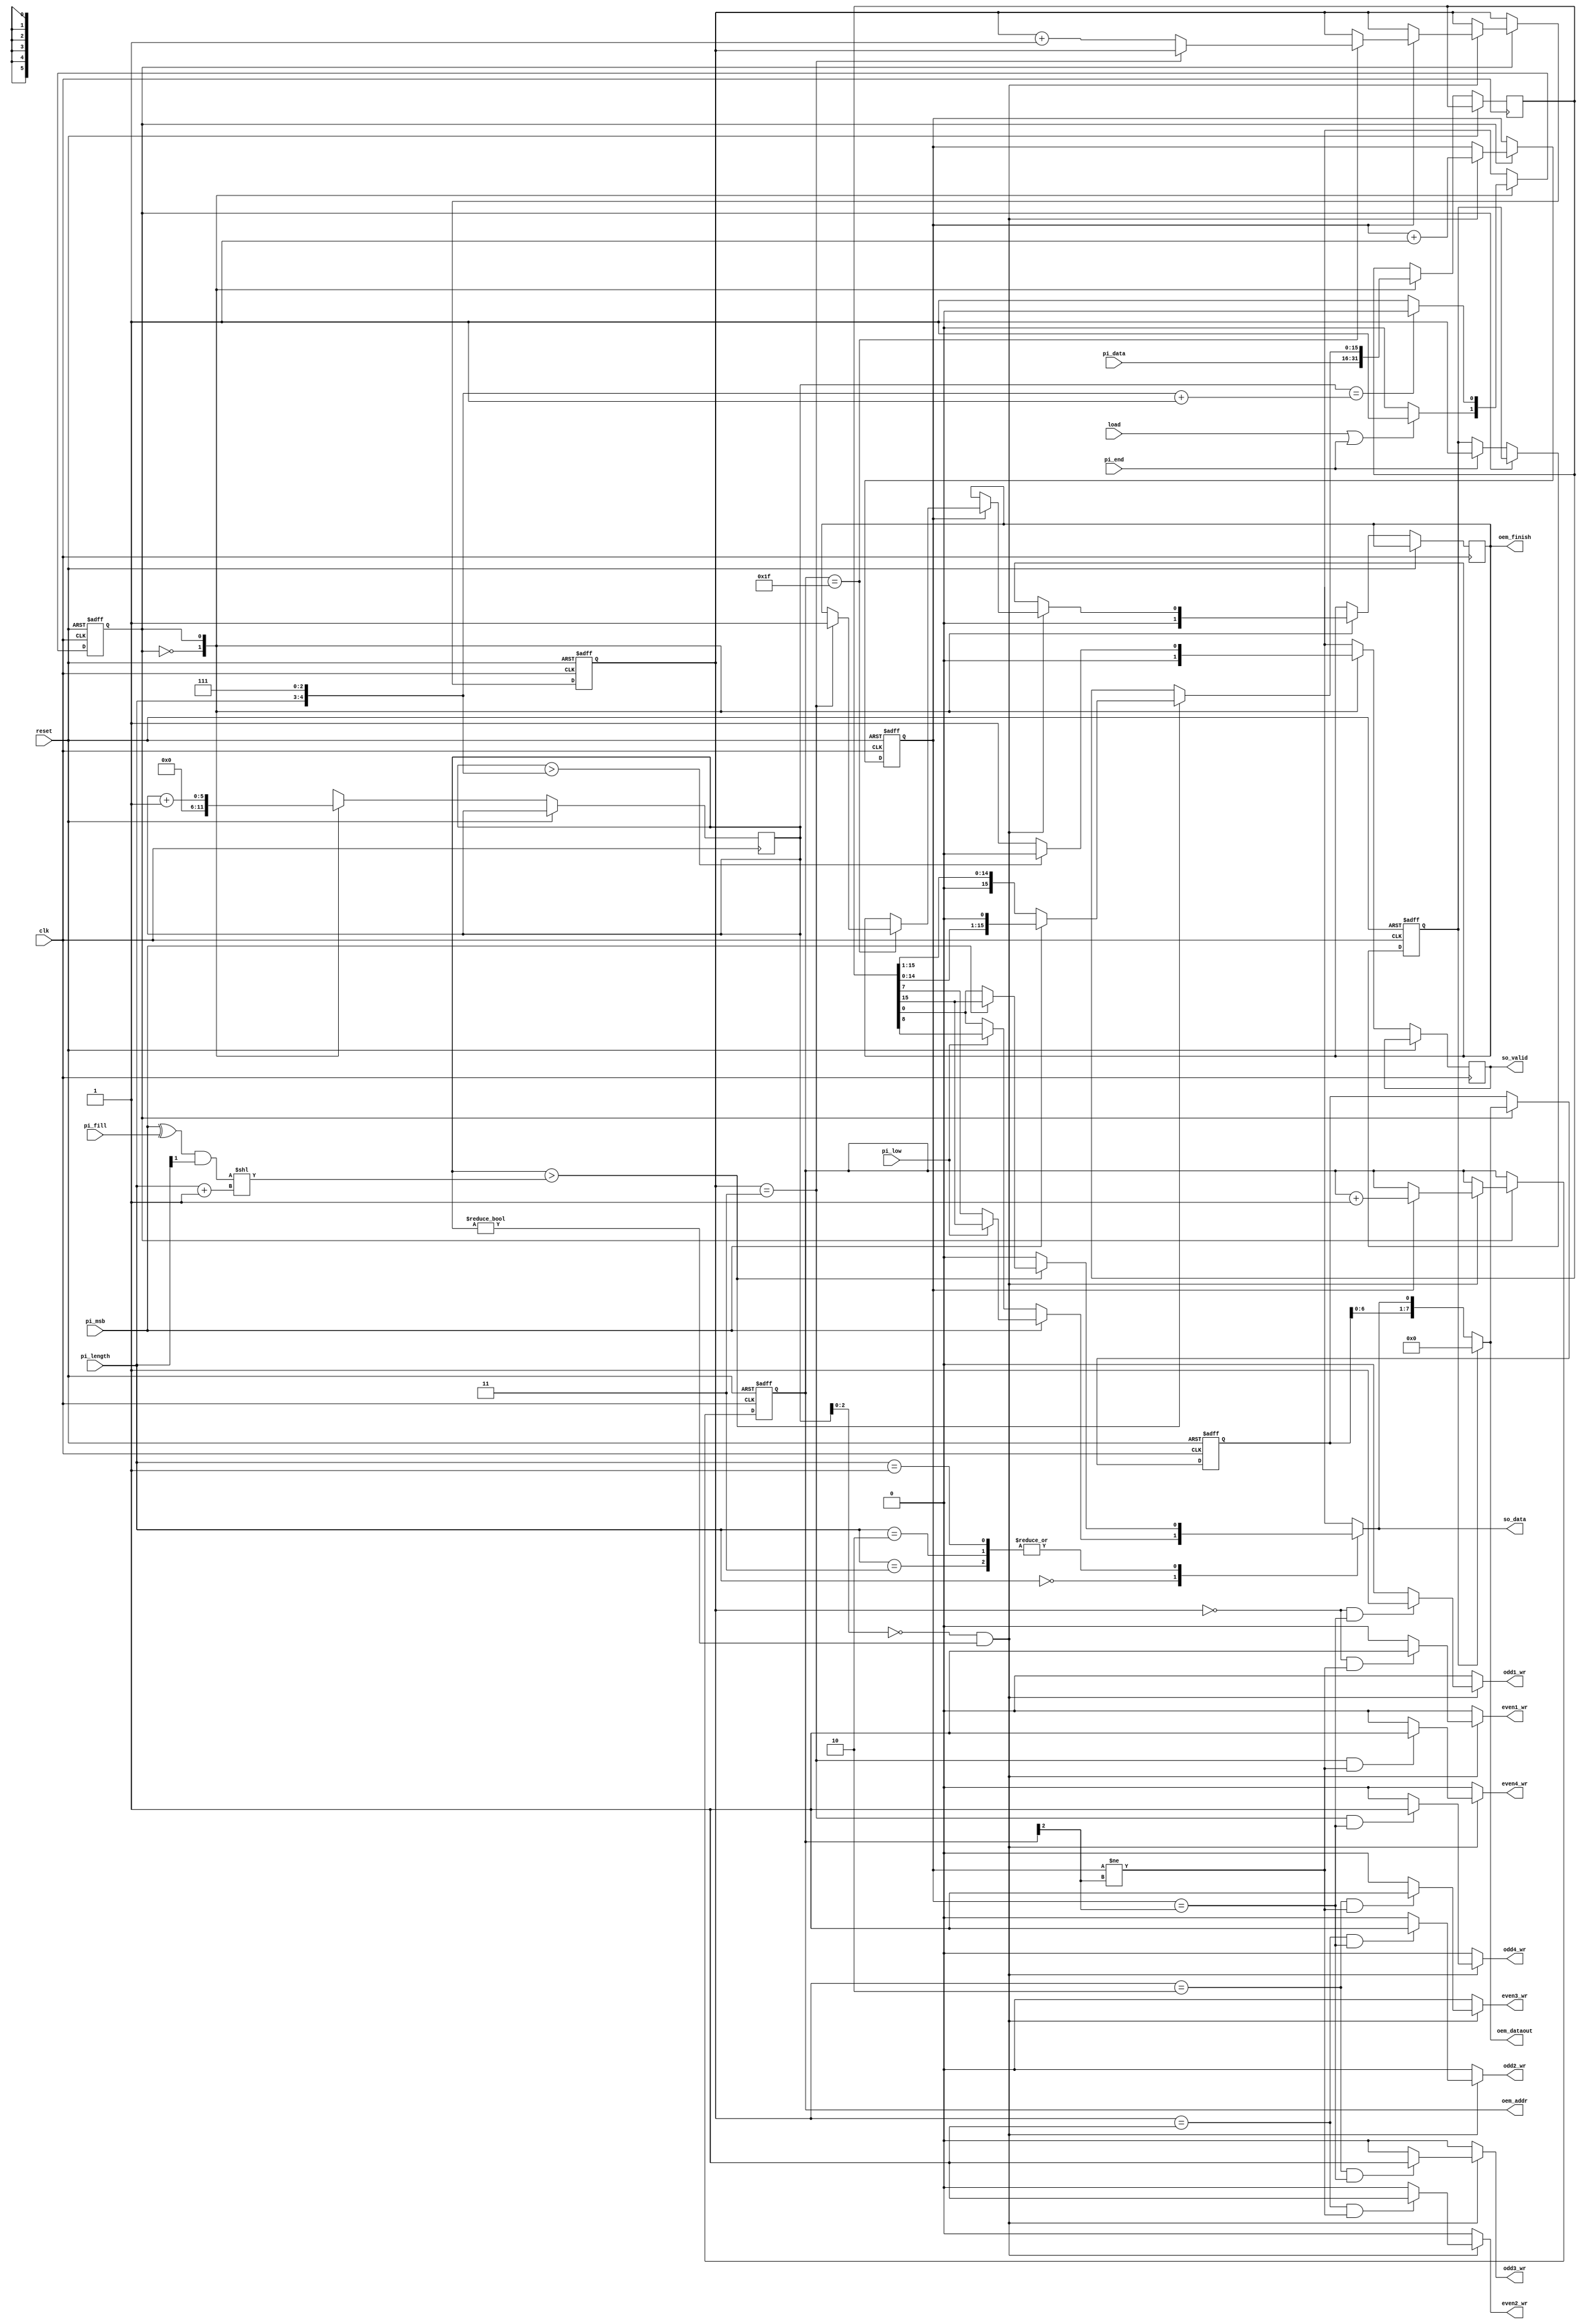
module STI_DAC(clk ,reset, load, pi_data, pi_length, pi_fill, pi_msb, pi_low, pi_end,
	       so_data, so_valid,
	       oem_finish, oem_dataout, oem_addr,
	       odd1_wr, odd2_wr, odd3_wr, odd4_wr, even1_wr, even2_wr, even3_wr, even4_wr);

input			clk, reset;
input			load, pi_msb, pi_low, pi_end; 
input	[15:0]	pi_data;
input	[1:0]	pi_length;
input			pi_fill;
output	reg		so_data, so_valid;

output  reg oem_finish, odd1_wr, odd2_wr, odd3_wr, odd4_wr, even1_wr, even2_wr, even3_wr, even4_wr;
output  reg [4:0] oem_addr;
output  reg [7:0] oem_dataout;

reg [15:0] buffer;
reg [7:0] oem_dataout_buf;

reg [5:0] counter;
reg [1:0] select;
reg even;
reg last;

reg nowState, nextState;

parameter RECEIVE_DATA = 1'b0,
		  SEND_DATA    = 1'b1;



wire [4:0] max_length = {pi_length, 3'b111};
wire [4:0] padding = ((pi_msb ^ pi_fill) & pi_length[1]) << (pi_length+1)  ; // if pi_fill = 0 need padding from head
wire start = (counter>padding);


always@(*)begin
	case(pi_length)
		2'b00:begin
			if(pi_msb)begin
				so_data = (pi_low)? buffer[15] : buffer[7];
			end
			else begin
				so_data = (pi_low)? buffer[8] : buffer[0];
			end
		end
		2'b01, 2'b10, 2'b11:begin
			if(!start)begin
				so_data = 0;
			end
			else begin
				so_data = (pi_msb)? buffer[15] : buffer[0];
			end
		end
	endcase
	if (last) oem_dataout = 0;
	else oem_dataout = {oem_dataout_buf[6:0], so_data};

	if(counter[2:0] == 3'b000 && counter!=0)begin
		odd1_wr  = (select==0 && even==oem_addr[2])? 1 : 0;
		even1_wr = (select==0 && even!=oem_addr[2])? 1 : 0;
		odd2_wr  = (select==1 && even==oem_addr[2])? 1 : 0;
		even2_wr = (select==1 && even!=oem_addr[2])? 1 : 0;
		odd3_wr  = (select==2 && even==oem_addr[2])? 1 : 0;
		even3_wr = (select==2 && even!=oem_addr[2])? 1 : 0;
		odd4_wr  = (select==3 && even==oem_addr[2])? 1 : 0;
		even4_wr = (select==3 && even!=oem_addr[2])? 1 : 0;
	end
	else begin
		odd1_wr = 0;
		odd2_wr = 0;
		odd3_wr = 0;
		odd4_wr = 0;
		even1_wr = 0;
		even2_wr = 0;
		even3_wr = 0;
		even4_wr = 0;
	end
	
end


always @(posedge clk or posedge reset) begin
	if (reset) begin
		even <= 0;
		last <= 0;
		select <= 0;
		oem_addr <= 0;
		oem_dataout_buf <= 0;
		nowState <= RECEIVE_DATA;
	end
	else begin
		nowState <= nextState;
		case(nowState)
			RECEIVE_DATA:begin
				buffer[15:0] <= pi_data;
				counter <= 0;
				so_valid <= 0;
				if(pi_end) last <= 1;
				oem_finish <= 0;
			end
			SEND_DATA:begin
				if(start)begin
					if (pi_msb) buffer <= {buffer[14:0], 1'b0};
					else buffer <= {1'b0, buffer[15:1]};
				end
				if(counter[2:0] == 3'b000 && counter!=0)begin
					even <= even + 1;
					if(even) begin
						oem_addr <= oem_addr + 1;
						if(oem_addr==31) begin
							if(select==3) begin
								oem_finish <= 1;
							end
							else select <= select + 1;
						end
					end
				end
				counter <= counter + 1;
				oem_dataout_buf <= oem_dataout;
				so_valid <= (counter>max_length)? 0 : 1;
			end
		endcase
	end
end


always@(*)begin
	case(nowState)
		RECEIVE_DATA:begin
			nextState = (load || pi_end)? SEND_DATA : RECEIVE_DATA;
		end
		SEND_DATA:begin
			nextState = (counter==max_length+1)? RECEIVE_DATA : SEND_DATA;
		end
	endcase
end

endmodule